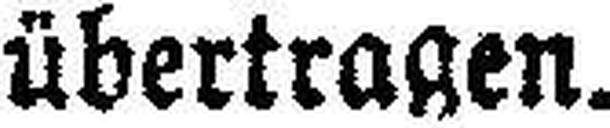
übertragen.